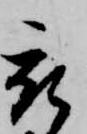
被